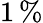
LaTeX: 1\, \%